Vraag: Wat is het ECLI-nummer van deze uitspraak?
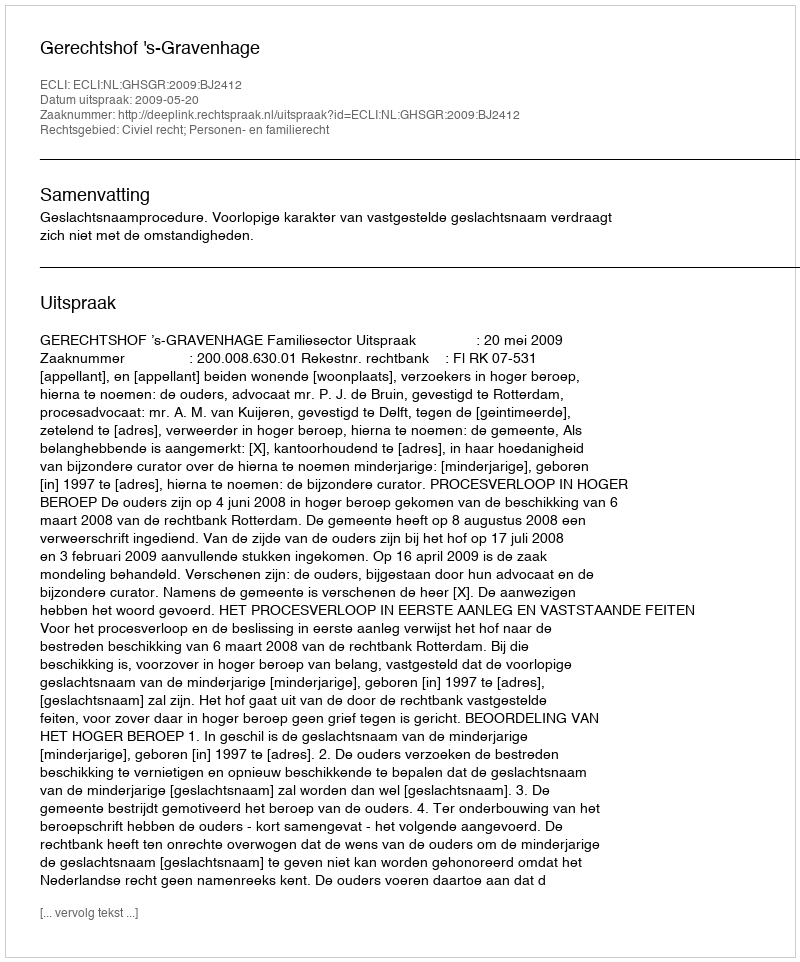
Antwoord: ECLI:NL:GHSGR:2009:BJ2412